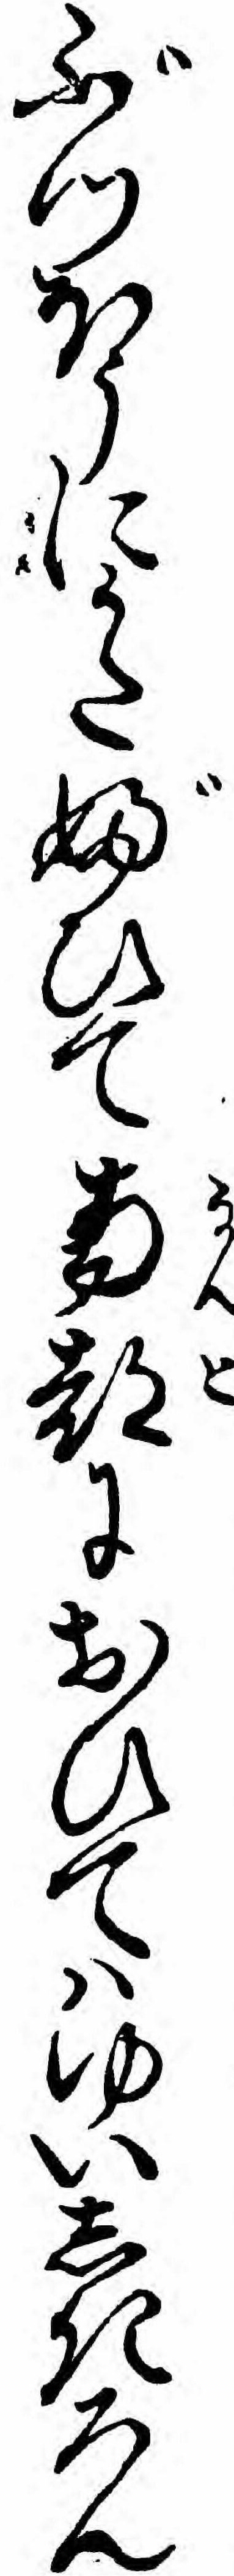
ぶつほうにかたぶひて南都におひてハゆいしきろん